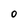
Character: o